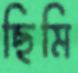
ছিমি